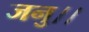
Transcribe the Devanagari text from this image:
जनु।।